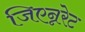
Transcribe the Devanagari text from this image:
जिएन्नरेट